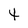
Character: t